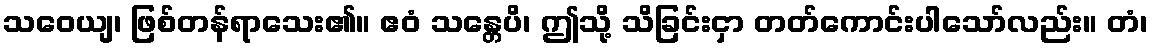
သဝေယျ၊ ဖြစ်တန်ရာသေး၏။ ဧဝံ သန္တေပိ၊ ဤသို့ သိခြင်းငှာ တတ်ကောင်းပါသော်လည်း။ တံ၊